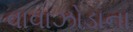
વાવાઝોડાના